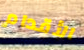
الأقدام